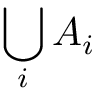
\bigcup _ { i } A _ { i }